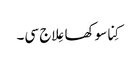
کِنا سوکھا عِلاج سی۔